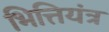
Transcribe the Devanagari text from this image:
भित्तियंत्र